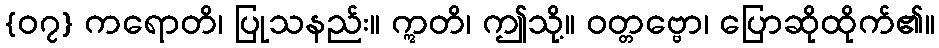
{၀၇} ကရောတိ၊ ပြုသနည်း။ ဣတိ၊ ဤသို့။ ဝတ္တဗ္ဗော၊ ပြောဆိုထိုက်၏။